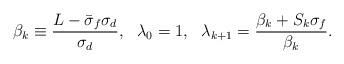
LaTeX: \begin{align*}\beta_k \equiv \frac{L-\bar\sigma_f\sigma_d}{\sigma_d},~~\lambda_0 = 1,~~\lambda_{k+1} = \frac{\beta_{k}+S_{k}\sigma_f}{\beta_{k}}.\end{align*}